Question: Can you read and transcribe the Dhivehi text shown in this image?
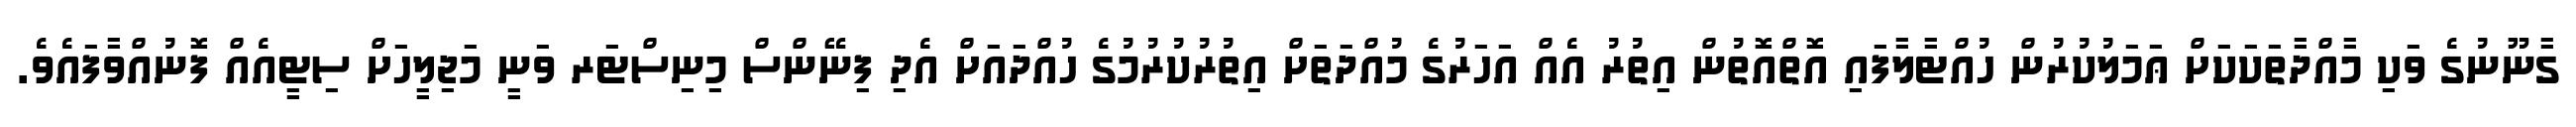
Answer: ގާނޫނުގެ ވަކި މާއްދާތަކަކަށް ޢަމަލުކުރުން ހުއްޓާލާފައި އޮތްއޮތުން އިތުރު އެއް އަހަރުގެ މުއްދަތަށް އިތުރުކުރުމުގެ ހުއްދައަށް އެދި ފިނޭންސް މިނިސްޓަރ ވަނީ މަޖިލީހަށް ސިޓީއެއް ފޮނުއްވާފައެވެ.